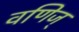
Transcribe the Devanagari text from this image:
वणिज्